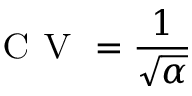
\textsc { C V } = \frac { 1 } { \sqrt { \alpha } }